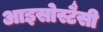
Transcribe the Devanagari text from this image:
आइसोस्टैसी